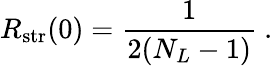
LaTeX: R_{\mathrm{str}}(0)={\frac{1}{2(N_{L}-1)}}\ .